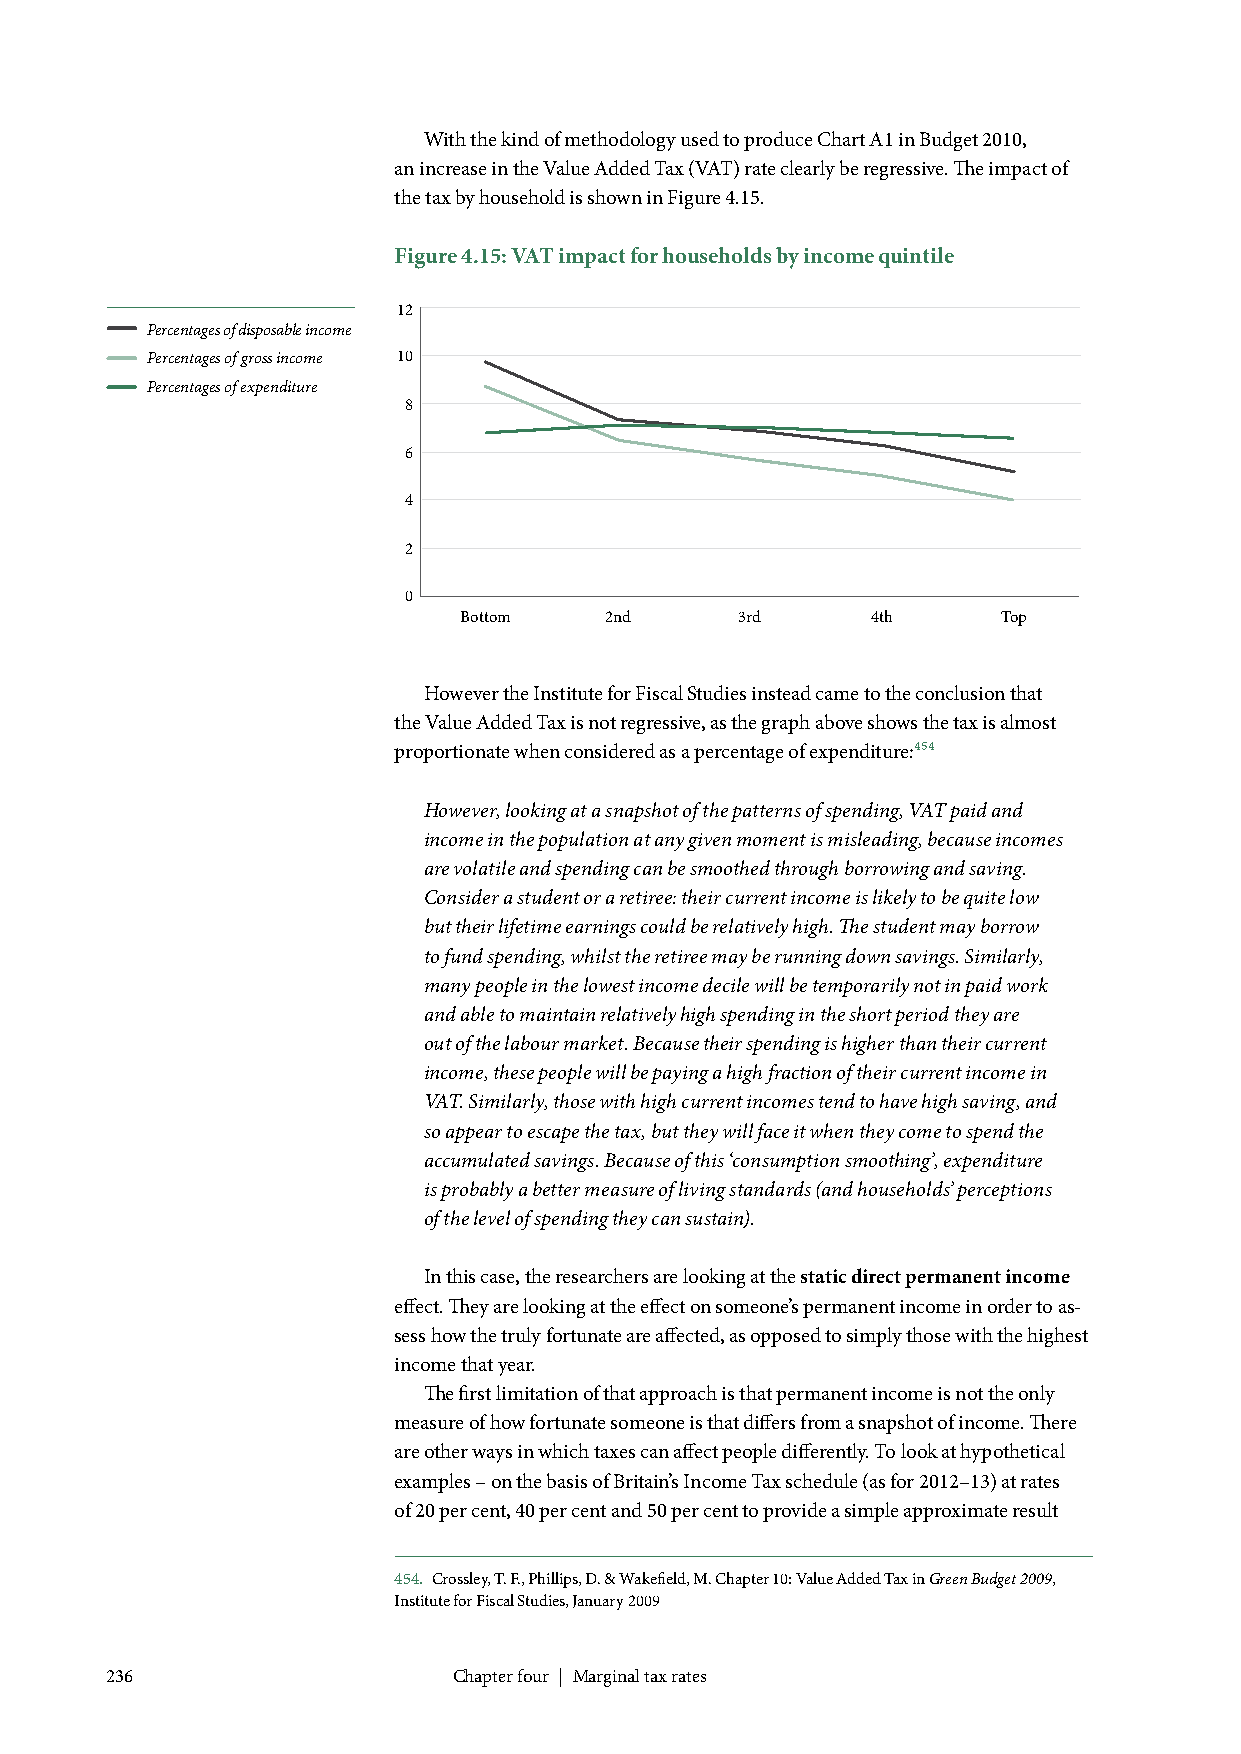
With the kind of methodology used to produce Chart A1 in Budget 2010,
 an increase in the Value Added Tax (VAT) rate clearly be regressive. The impact of
 the tax by household is shown in Figure 4.15.
 Figure 4.15: VAT impact for households by income quintile
 12
 Percentages of disposable income
 Percentages of gross income 10
 Percentages of expenditure
 8
 6
 4
 2
 0
 Bottom    2nd      3rd      4th     Top
 However the Institute for Fiscal Studies instead came to the conclusion that
 the Value Added Tax is not regressive, as the graph above shows the tax is almost
 proportionate when considered as a percentage of expenditure:454
 However, looking at a snapshot of the patterns of spending, VAT paid and
 income in the population at any given moment is misleading, because incomes
 are volatile and spending can be smoothed through borrowing and saving.
 Consider a student or a retiree: their current income is likely to be quite low
 but their lifetime earnings could be relatively high. The student may borrow
 to fund spending, whilst the retiree may be running down savings. Similarly,
 many people in the lowest income decile will be temporarily not in paid work
 and able to maintain relatively high spending in the short period they are
 out of the labour market. Because their spending is higher than their current
 income, these people will be paying a high fraction of their current income in
 VAT. Similarly, those with high current incomes tend to have high saving, and
 so appear to escape the tax, but they will face it when they come to spend the
 accumulated savings. Because of this ‘consumption smoothing’, expenditure
 is probably a better measure of living standards (and households’ perceptions
 of the level of spending they can sustain).
 In this case, the researchers are looking at the static direct permanent income
 effect. They are looking at the effect on someone’s permanent income in order to as-
 sess how the truly fortunate are affected, as opposed to simply those with the highest
 income that year.
 The first limitation of that approach is that permanent income is not the only
 measure of how fortunate someone is that differs from a snapshot of income. There
 are other ways in which taxes can affect people differently. To look at hypothetical
 examples – on the basis of Britain’s Income Tax schedule (as for 2012–13) at rates
 of 20 per cent, 40 per cent and 50 per cent to provide a simple approximate result
 454. Crossley, T. F., Phillips, D. & Wakefield, M. Chapter 10: Value Added Tax in Green Budget 2009,
 Institute for Fiscal Studies, January 2009
 236                    Chapter four | Marginal tax rates